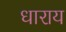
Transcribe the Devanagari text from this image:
धाराय